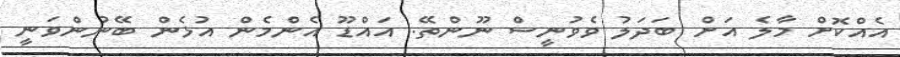
އެއްކޮށް މާލެ އަށް ބަދަލު ވެވުނީސް ނޫންތޭ. އައްޑޫ އެންމެން އުޅެން ބޭނުންވަނީ